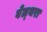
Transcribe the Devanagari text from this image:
बेल्‍थरा